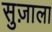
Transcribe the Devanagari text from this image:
सुज़ाला